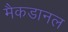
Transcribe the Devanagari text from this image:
मैकडानल